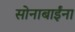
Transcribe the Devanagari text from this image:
सोनाबाईंना